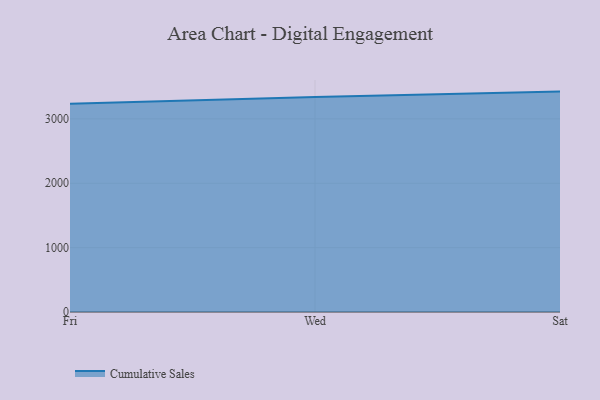
{"axis": {"x": "Day", "y": "Revenue (USD Million)"}, "legend": ["Cumulative Sales"], "data": [{"x": "Fri", "y": 3236.9, "type": "Cumulative Sales"}, {"x": "Wed", "y": 3339.3, "type": "Cumulative Sales"}, {"x": "Sat", "y": 3423.9, "type": "Cumulative Sales"}]}